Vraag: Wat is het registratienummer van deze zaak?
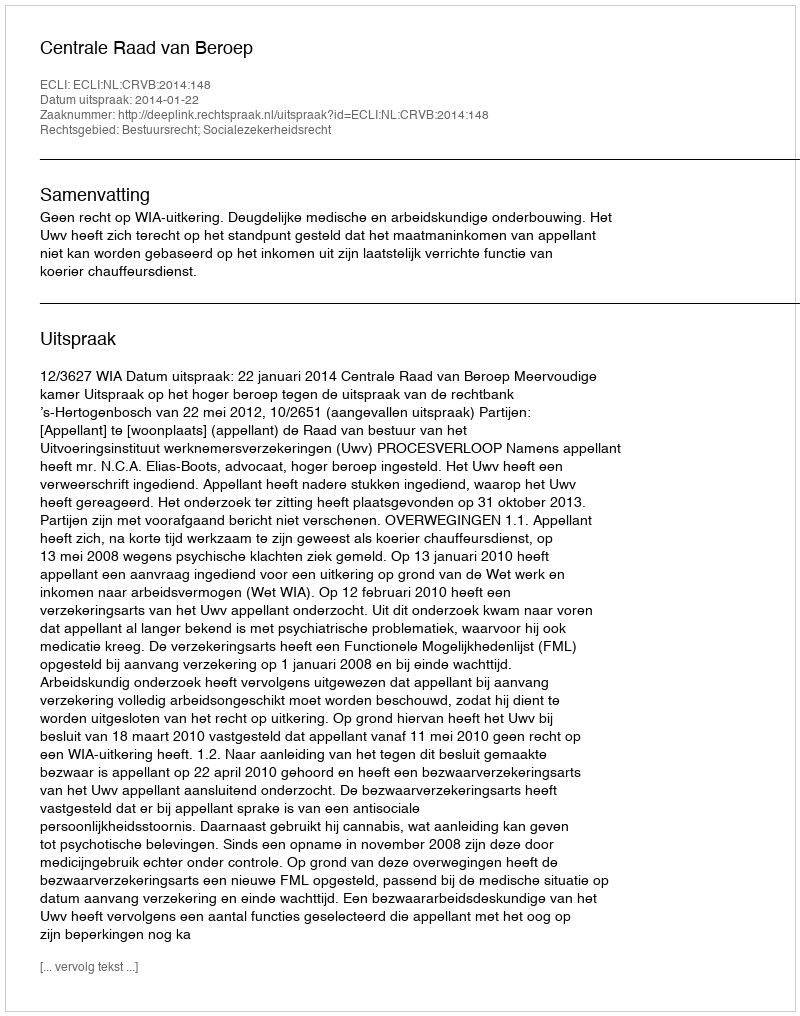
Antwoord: http://deeplink.rechtspraak.nl/uitspraak?id=ECLI:NL:CRVB:2014:148